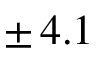
\pm \, 4 . 1